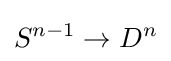
S^{n-1}\to D^{n}